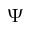
\Psi